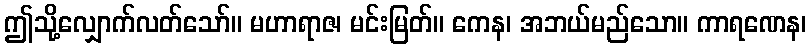
ဤသို့လျှောက်လတ်သော်။ မဟာရာဇ၊ မင်းမြတ်။ ကေန၊ အဘယ်မည်သော။ ကာရဏေန၊